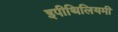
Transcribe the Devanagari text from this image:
इपीथिलियमी